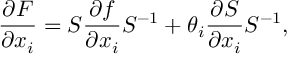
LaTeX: \frac { \partial F } { \partial x _ { i } } = S \frac { \partial f } { \partial x _ { i } } S ^ { - 1 } + \theta _ { i } \frac { \partial S } { \partial x _ { i } } S ^ { - 1 } ,